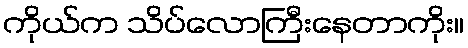
ကိုယ်က သိပ်လောကြီးနေတာကိုး။